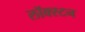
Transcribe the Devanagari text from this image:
लॉक्स्टन